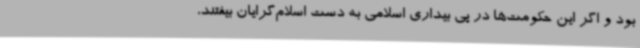
بود و اگر این حکومت‌ها در پی بیداری اسلامی به دست اسلام‌گرایان بیفتند،